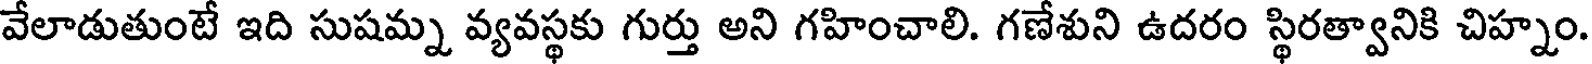
వేలాడుతుంటే ఇది సుషమ్న వ్యవస్థకు గుర్తు అని గహించాలి. గణేశుని ఉదరం స్థిరత్వానికి చిహ్నం.